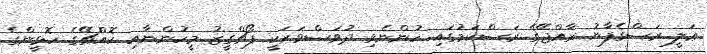
ޢަލީ ރަސްގެފާނު ރާއްޖޭގެ ރަސްކަމުގައި ހުންނެވި ދުވަސްވަރަކީ ޕޯޗްގީޒު މީހުންނާއި ކޮއްޗޭގެ ހޮޅީންގެ